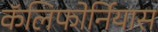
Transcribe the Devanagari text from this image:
कॅलिफोर्नियास